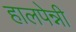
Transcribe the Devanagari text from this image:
हालपेन्नी